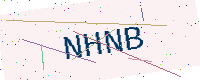
Text: NHNB